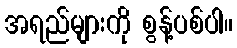
အရည်များကို စွန့်ပစ်ပါ။